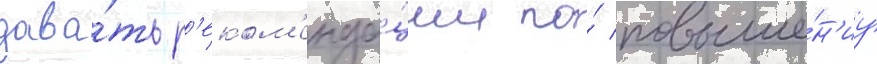
дава́ть р'еком'енда́ции по́ повыше́н'иу